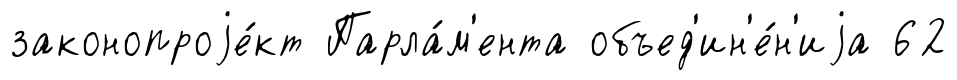
законопроjе́кт Парла́м'ента объед'ин'е́н'иjа 62